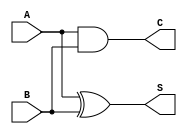
/*
 * This IP is the synthetizable adder implementation.
 * 
 * Copyright (C) 2017  Iulian Gheorghiu
 * 
 * This program is free software; you can redistribute it and/or
 * modify it under the terms of the GNU General Public License
 * as published by the Free Software Foundation; either version 2
 * of the License, or (at your option) any later version.
 * 
 * This program is distributed in the hope that it will be useful,
 * but WITHOUT ANY WARRANTY; without even the implied warranty of
 * MERCHANTABILITY or FITNESS FOR A PARTICULAR PURPOSE.  See the
 * GNU General Public License for more details.
 * 
 * You should have received a copy of the GNU General Public License
 * along with this program; if not, write to the Free Software
 * Foundation, Inc., 51 Franklin Street, Fifth Floor, Boston, MA  02110-1301, USA.
 */

`timescale 1ns / 1ps

module half_adder(
	input A,
	input B,
	output S,
	output C
);
//Implement the Sum and Carry equations using Verilog Bit operators.
assign S = A ^ B;  //XOR operation
assign C = A & B; //AND operation
    
endmodule


module full_adder(
	input A,  //input A
	input B,  //input B
	input C,  //input C
	output Sum,
	output Carry
);

//Internal variables
wire ha1_sum;
wire ha2_sum;
wire ha1_carry;
wire ha2_carry;
wire Data_out_Sum;
wire Data_out_Carry;

//Instantiate the half adder 1
half_adder  ha1(
	.A(A),
	.B(B),
	.S(ha1_sum),
	.C(ha1_carry)
);

//Instantiate the half adder 2
half_adder  ha2(
	.A(C),
	.B(ha1_sum),
	.S(ha2_sum),
	.C(ha2_carry)
);
//sum output from 2nd half adder is connected to full adder output
assign Sum = ha2_sum;  
//The carry's from both the half adders are OR'ed to get the final carry./
assign Carry = ha1_carry | ha2_carry;
    
endmodule